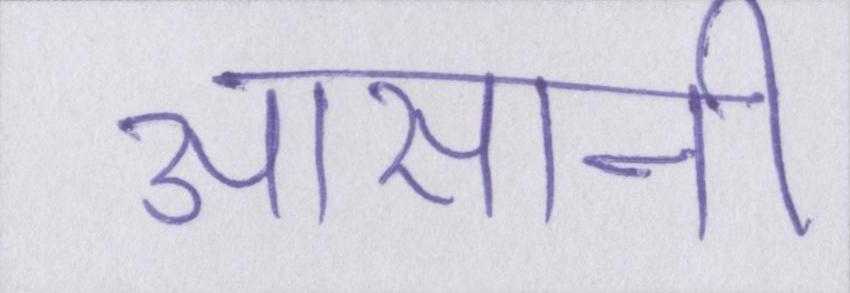
आसानी